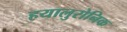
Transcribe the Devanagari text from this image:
हयालुरोनिक